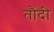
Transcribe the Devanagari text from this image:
तौंदी